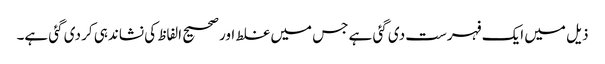
ذیل میں ایک فہرست دی گئی ہے جس میں غلط اور صحیح الفاظ کی نشاندہی کر دی گئی ہے۔